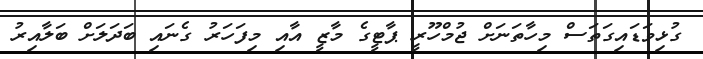
ގުޅިވަޑައިގަތަސް މިހާތަނަށް ޖުމްހޫރީ ޕާޓީގެ މާޒީ އާއި މިފަހަރު ގެނައި ބަދަލަށް ބަލާއިރު